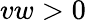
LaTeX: vw>0